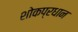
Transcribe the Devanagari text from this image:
शोकप्रधान